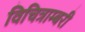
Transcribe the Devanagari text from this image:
विचित्राम्बरी